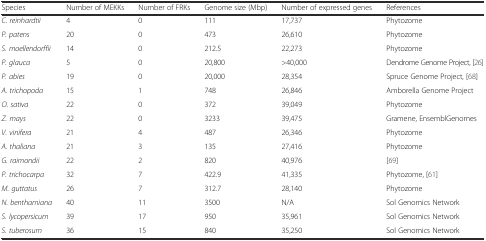
| Species | Number of MEKKs | Number of FRKs | Genome size (Mbp) | Number of expressed genes | References |
 | --- | --- | --- | --- | --- | --- |
 | C. reinhardtii | 4 | 0 | 111 | 17,737 | Phytozome |
 | P. patens | 20 | 0 | 473 | 26,610 | Phytozome |
 | S. moellendorffii | 14 | 0 | 212.5 | 22,273 | Phytozome |
 | P. glauca | 5 | 0 | 20,800 | >40,000 | Dendrome Genome Project, [26] |
 | P. abies | 19 | 0 | 20,000 | 28,354 | Spruce Genome Project, [68] |
 | A. trichopoda | 15 | 1 | 748 | 26,846 | Amborella Genome Project |
 | O. sativa | 22 | 0 | 372 | 39,049 | Phytozome |
 | Z. mays | 22 | 0 | 3233 | 39,475 | Gramene, EnsemblGenomes |
 | V. vinifera | 21 | 4 | 487 | 26,346 | Phytozome |
 | A. thaliana | 21 | 3 | 135 | 27,416 | Phytozome |
 | G. raimondii | 22 | 2 | 820 | 40,976 | [69] |
 | P. trichocarpa | 32 | 7 | 422.9 | 41,335 | Phytozome, [61] |
 | M. guttatus | 26 | 7 | 312.7 | 28,140 | Phytozome |
 | N. benthamiana | 40 | 11 | 3500 | N/A | Sol Genomics Network |
 | S. lycopersicum | 39 | 17 | 950 | 35,961 | Sol Genomics Network |
 | S. tuberosum | 36 | 15 | 840 | 35,250 | Sol Genomics Network |